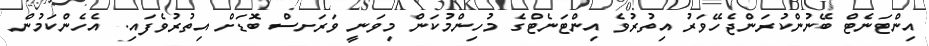
އިންޓަނެޓް ބޭނުންކުރަންޖެހޭވަރު އިތުރުވެ އިންޓަނެޓްގެ މުހިންމުކަން މިވަނީ ވަރަށސް ބޮޑަށް އިތުރުވެފައި. އެހެންކަމުން